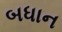
બધાન